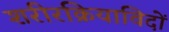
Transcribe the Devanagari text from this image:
शरीरक्रियाविदों